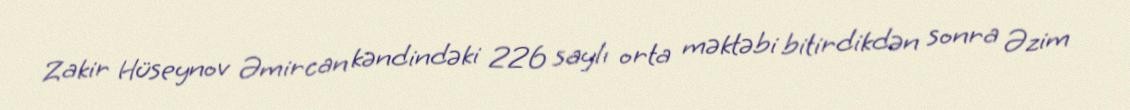
Zakir Hüseynov Əmircan kəndindəki 226 saylı orta məktəbi bitirdikdən sonra Əzim